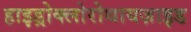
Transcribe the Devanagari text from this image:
हाइड्रोक्लोरोथायज़ाइड